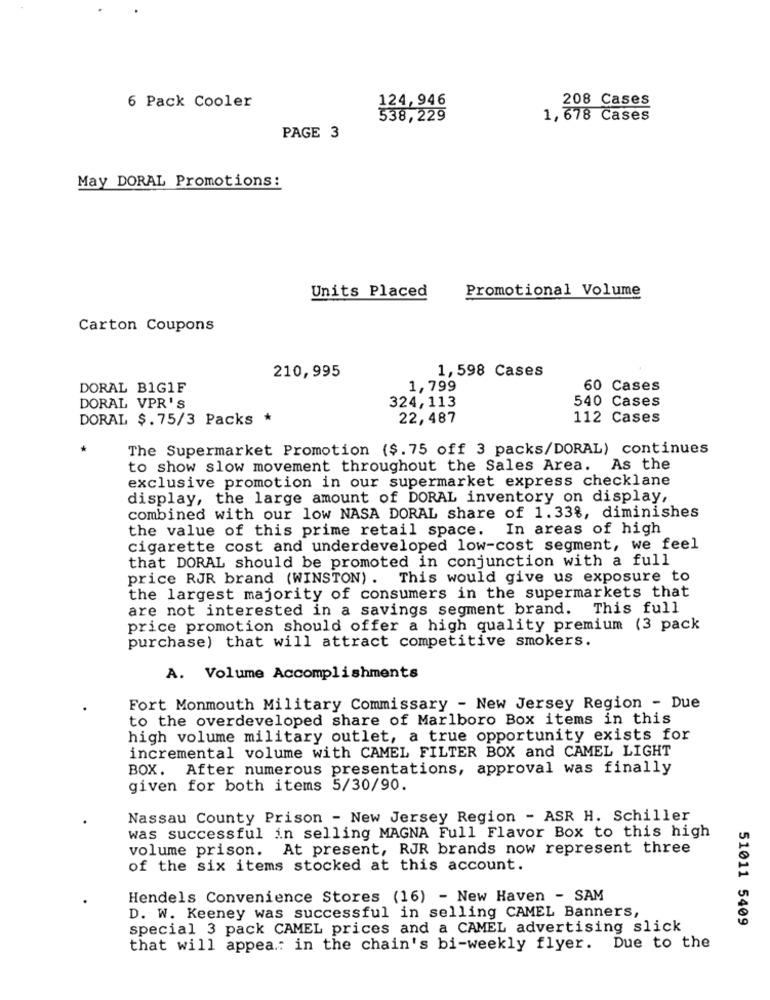
124,946
208 Cases
6 Pack Cooler
538,229
1,678 Cases
PAGE 3
May DORAL Promotions:
Units Placed
Promotional Volume
Carton Coupons
1,598 Cases
210,995
DORAL B1G1F
1,799
60 Cases
324,113
540 Cases
DORAL VPR'S
DORAL $.75/3 Packs *
22,487
112 Cases
The Supermarket Promotion ($. 75 off 3 packs/DORAL) continues
to show slow movement throughout the Sales Area. As the
exclusive promotion in our supermarket express checklane
display, the large amount of DORAL inventory on display,
combined with our low NASA DORAL share of 1.33%, diminishes
the value of this prime retail space. In areas of high
cigarette cost and underdeveloped low-cost segment, we feel
that DORAL should be promoted in conjunction with a full
price RJR brand (WINSTON). This would give us exposure to
the largest majority of consumers in the supermarkets that
are not interested in a savings segment brand. This full
price promotion should offer a high quality premium (3 pack
purchase) that will attract competitive smokers.
A. Volume Accomplishments
Fort Monmouth Military Commissary - New Jersey Region - Due
to the overdeveloped share of Marlboro Box items in this
high volume military outlet, a true opportunity exists for
incremental volume with CAMEL FILTER BOX and CAMEL LIGHT
BOX. After numerous presentations, approval was finally
given for both items 5/30/90.
Nassau County Prison - New Jersey Region - ASR H. Schiller
was successful in selling MAGNA Full Flavor Box to this high
volume prison. At present, RJR brands now represent three
of the six items stocked at this account.
Hendels Convenience Stores (16) - New Haven - SAM
D. W. Keeney was successful in selling CAMEL Banners,
51011 5409
special 3 pack CAMEL prices and a CAMEL advertising slick
that will appea .: in the chain's bi-weekly flyer. Due to the